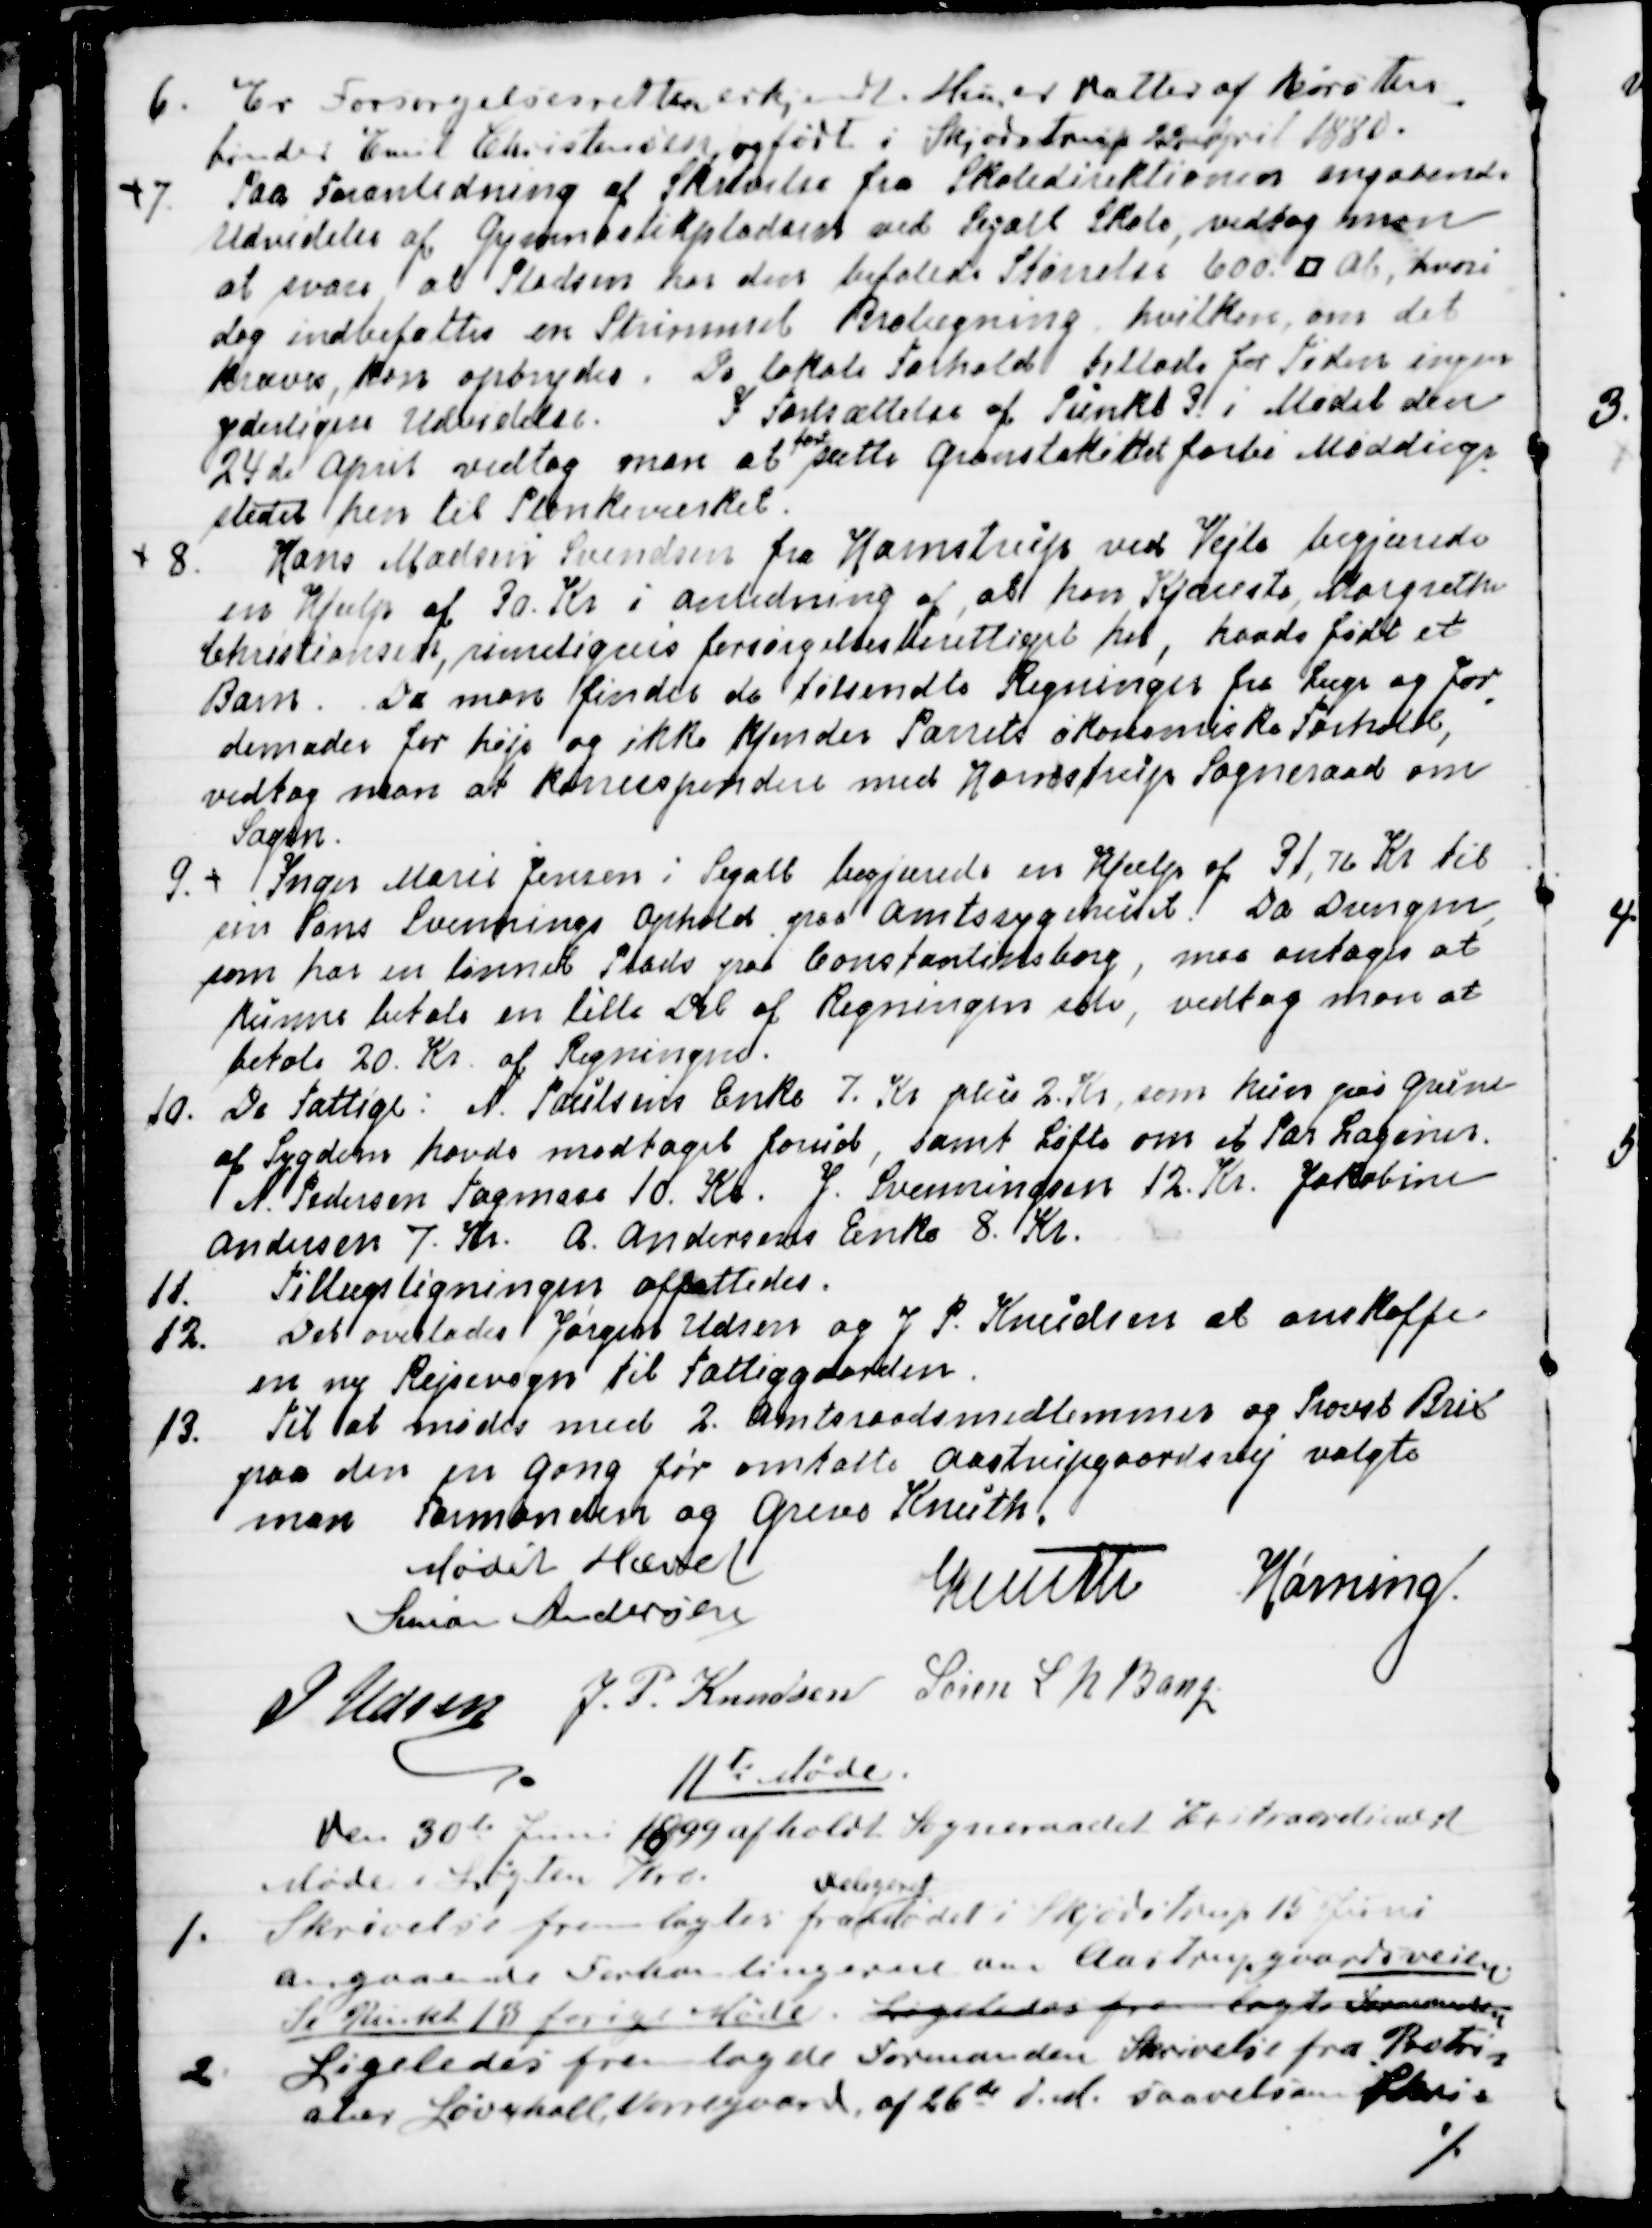
Transskription:
6. Er Forsørgelsesretten erkjendt. Hun er Datter af Børsten
=
binder Emil Christensen og født i Skjødstrup 22 April 1880.
7  Paa Foranledning af Skrivelse fra Skoledirektionen angaaende
Udvidelse af Gymnastikpladsen ved Segalt Skole, vedtog man
at svare, at Pladsen har den befalede Størrelse 600 □ Al, hvori
dog indbefattes en Strimmel Brobelægning, hvilken, om det
kræves, kan opbrydes. De lokale Forhold tillade for Tiden ingen
yderligere Udvidelse. I Fortsættelse af Punkt 3 i Mødet den
24de April vedtog man at 
fort
sætte Granstakittet forbi Møddings
=
stedet hen til Plankeværket.
8. Hans Madsen Svendsen fra Hornstrup ved Vejle begjærede
en Hjælp af 30. Kr i anledning af, at hans Kjæreste, Margrethe
Christiansen, rimeligvis forsørgelsesberettiget her, havde født et
Barn.  Da man finder de tilsendte Regninger fra Læge og Jor
=
demoder for høje og ikke kjender Parrets økonomiske Forhold,
vedtog man at korrespondere med Hornstrup Sogneraad om
Sagen.
9. 
Inger Marie Jensen i Segalt begjærede Hjælp af 31,76 Kr til
sin Søns Svennings Ophold paa Amtssygehuset. Da Drengen,
som har en lønnet Plads paa Constantinsborg, maa antages at
kunne betale en lille Del af Regningen selv, vedtog man at
betale 20. Kr af Regningen.
10. De Fattige: N. Poulsens Enke 7. Kr plus 2. Kr, som hun paa Grund
af Sygdom havde modtaget forud, samt Løfte om et Par Lagner.
N. Pedersen Tagmose 10. Kr. J. Svenningsen 12. Kr. Jakobine
Andersen 7. Kr. A. Andersens Enke 8. Kr.
11. Tillægsligningen affattedes.
12. Det overlodes Jørgen Udsen og J. P. Knudsen at anskaffe
en ny Rejsevogn til Fattiggaarden.
13. Til at mødes med 2. Amtsraadsmedlemmer og Provst Brix
paa den en Gang før omtalte Aastrupgaardsvej valgte
man Formanden og Greve Knuth.
Mødet Hævet
Simon Andersen
Knuth
Hørning.
J Udsen
J. P. Knudsen
Søren L N Bang

11te Møde 
Den 30te Juni 1899 afholdt Sogneraadet Extraordinært
Møde i Løgten Kro.
1. Skrivelse fremlagdes fra 
delegeret
Mødet i Skjødstrup 15 Juni
angaaende Forhandlingerne om Aastrupgaardsveien
Se Punkt 13 forrige Møde. Ligeledes fremlagde Formanden
2. Ligeledes fremlagde Formanden Skrivelse fra Propri
=
atær Løvschall, Vorregaard af 26de d.M. saavelsom Skriv=